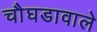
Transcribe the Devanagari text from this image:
चौघडावाले